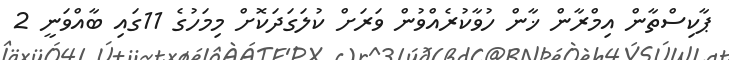
ޕާކިސްތާން އިމްރާން ޚާން ހުވާކުރެއްވުން ވަރަށް ކުލަގަދަކޮށް މިމަހުގެ 11ގައި ބާއްވަނީ 2